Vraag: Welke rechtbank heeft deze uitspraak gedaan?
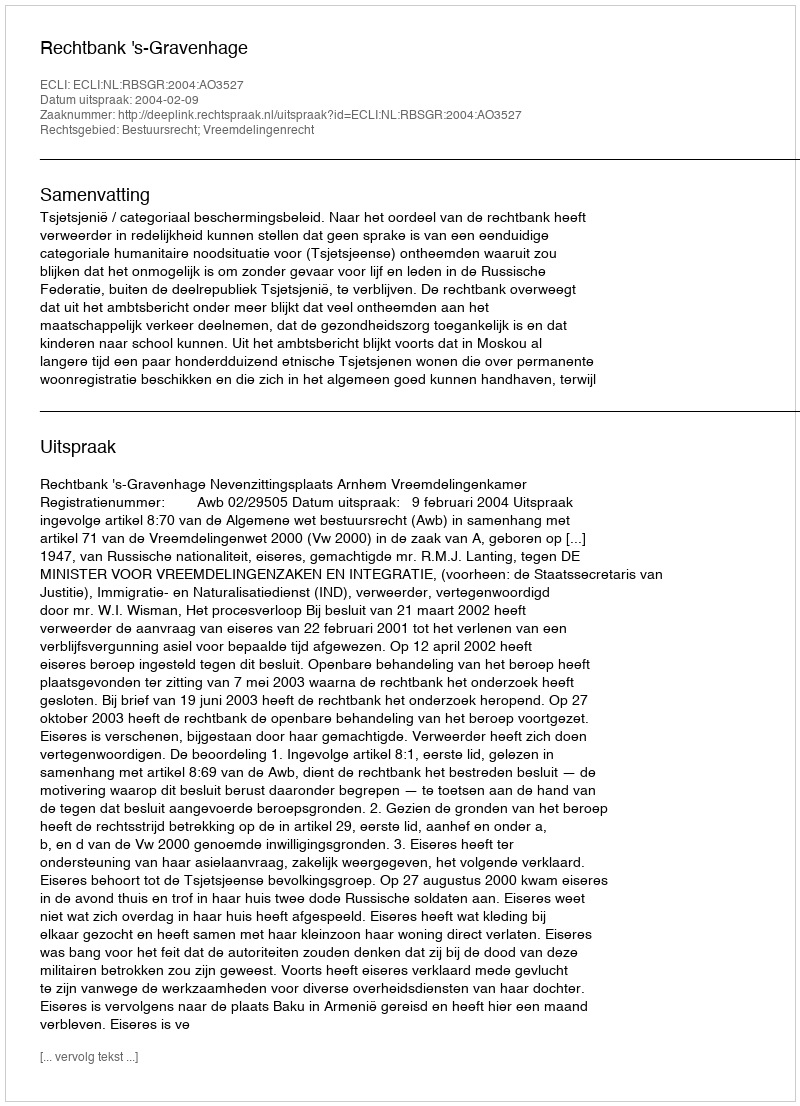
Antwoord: Rechtbank 's-Gravenhage